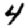
Digit: 4